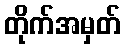
တိုက်အမှတ်